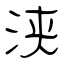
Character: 浃